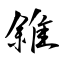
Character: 雓